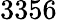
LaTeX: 3356